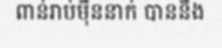
ពាន់រាប់ម៉ឺននាក់ បាននឹង